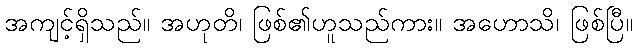
အကျင့်ရှိသည်။ အဟုတိ၊ ဖြစ်၏ဟူသည်ကား။ အဟောသိ၊ ဖြစ်ပြီ။